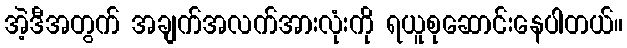
အဲ့ဒီအတွက် အချက်အလက်အားလုံးကို ရယူစုဆောင်းနေပါတယ်။